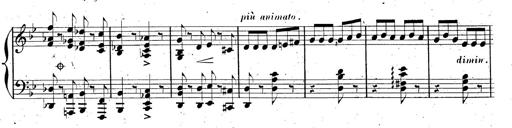
Title: AnnÃ©es de pÃ¨lerinage II, SupplÃ©ment
Composer: Franz Liszt